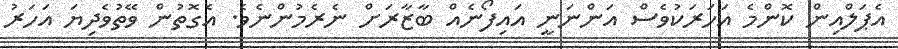
އެޕަލްއިން ކޮންމެ އަހަރަކުވެސް އަންނަނީ އައިފޯނެއް ބާޒާރަށް ނެރެމުންނެވެ. އެގޮތުން ވޭތުވެދިޔަ އަހަރު